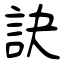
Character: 訣